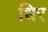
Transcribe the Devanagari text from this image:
धिर